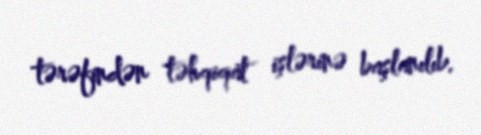
tərəfindən təhqiqat işlərinə başlanılıb.